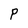
Character: P